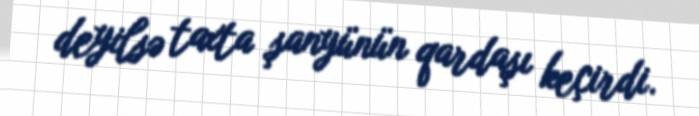
deyilsə taxta şanyünün qardaşı keçirdi.